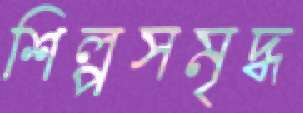
শিল্পসমৃদ্ধ